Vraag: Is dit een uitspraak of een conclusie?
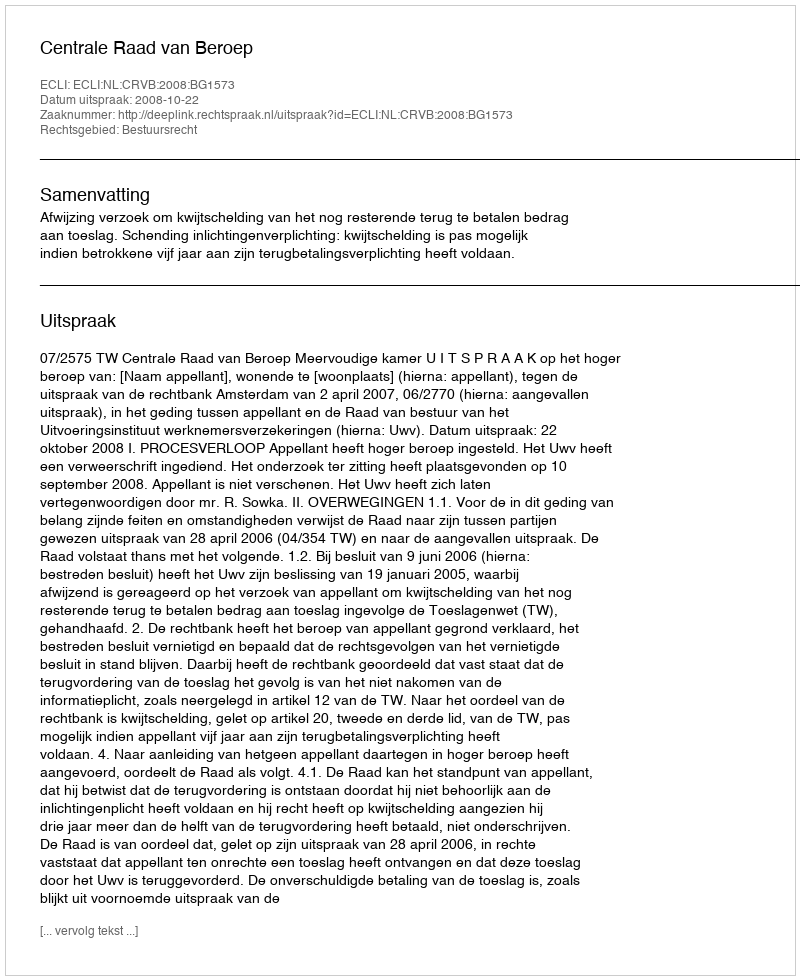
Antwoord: Uitspraak